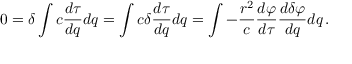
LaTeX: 0 = \delta \int { c { \frac { d \tau } { d q } } d q } = \int { c \delta { \frac { d \tau } { d q } } d q } = \int { - { \frac { r ^ { 2 } } { c } } { \frac { d \varphi } { d \tau } } { \frac { d \delta \varphi } { d q } } d q } \, .